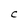
Character: c